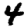
Digit: 4